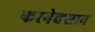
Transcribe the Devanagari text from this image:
फरनेक्सान